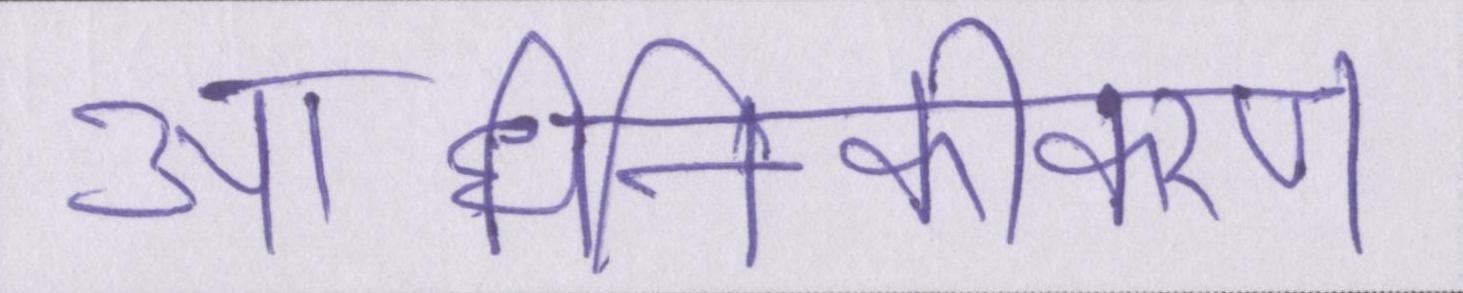
आधुनिकीकरण